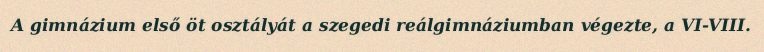
A gimnázium első öt osztályát a szegedi reálgimnáziumban végezte, a VI-VIII.